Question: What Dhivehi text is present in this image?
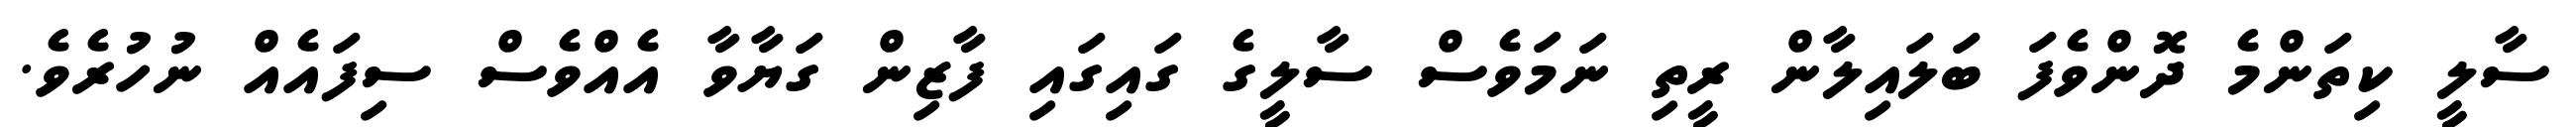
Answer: ސާލީ ކިތަންމެ ދޮންވެފަ ބަލައިލާން ރީތި ނަމަވެސް ސާލީގެ ގައިގައި ފާޒިން ގަޔާވާ އެއްވެސް ސިފައެއް ނުހުރެވެ.